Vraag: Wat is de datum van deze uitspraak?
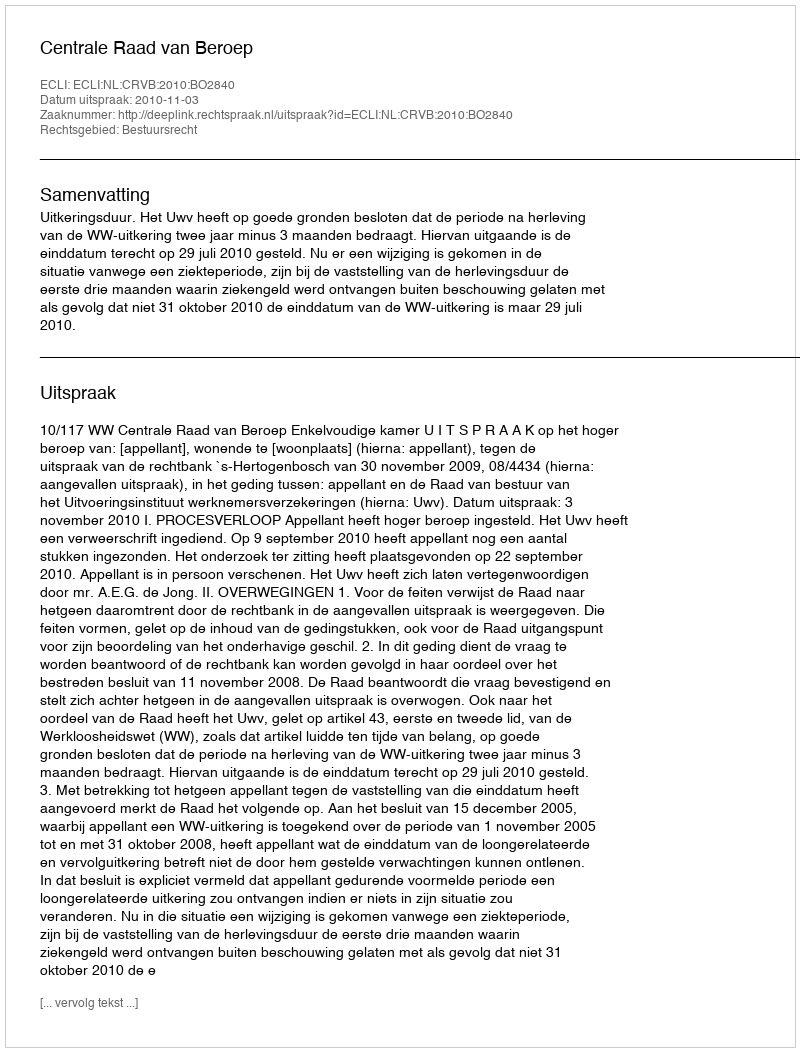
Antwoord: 2010-11-03